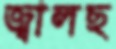
জ্বালছ